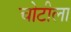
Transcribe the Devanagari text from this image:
चोटीला